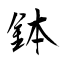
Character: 鉢